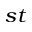
^ { s t }